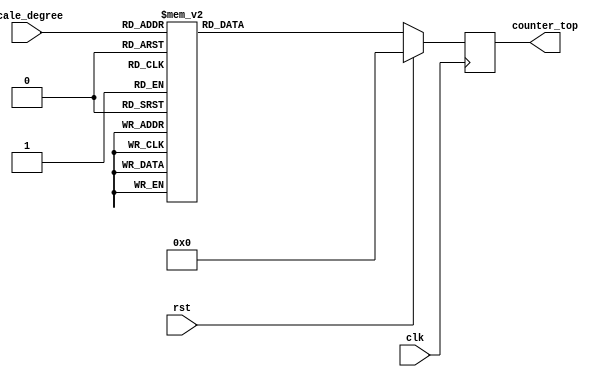
module pitches #(
	parameter WIDTH=18
)(
	input clk,
	input rst,
	input [3:0] scale_degree,
	output [WIDTH-1:0] counter_top
);

reg [WIDTH-1:0] counter_top_internal;
always @(posedge clk) begin
	if (rst) begin
		counter_top_internal <= 0;
	end 
	else begin
		case (scale_degree) 
			// 0 is reserved to be no note played
			1: counter_top_internal <= 30578;
			2: counter_top_internal <= 27242;
			3: counter_top_internal <= 24270;
			4: counter_top_internal <= 22908;
			5: counter_top_internal <= 20408;
			6: counter_top_internal <= 18182;
			7: counter_top_internal <= 16198;
			8: counter_top_internal <= 15289;
			9: counter_top_internal <= 15289;
			10: counter_top_internal <= 13621;
			11: counter_top_internal <= 12135;
			12: counter_top_internal <= 11454;
			13: counter_top_internal <= 10204;
			14: counter_top_internal <= 9091; 
			15: counter_top_internal <= 8099; 
			default: counter_top_internal <= 145455;
		endcase
	end
end

assign counter_top = counter_top_internal;

endmodule